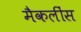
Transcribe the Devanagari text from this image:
मैकलींस